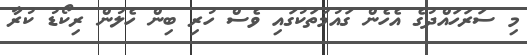
މި ސަރަހައްދުގެ އެހެން ގައުމުތަކުގައި ވެސް ހުރި ބިން ހެލުން ރިކޯޑު ކުރާ